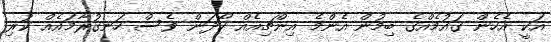
އަކީ އެހެން ގައުމެއްގެ ބިމުން އެންމެ އިންޗިއެއް ހޯދަން ވެސް ހަނގުރާމައެއް ކުރި